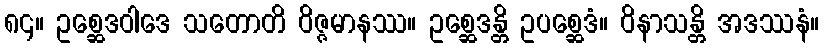
၈၄။ ဥစ္ဆေဒဝါဒေ သတောတိ ဝိဇ္ဇမာနဿ။ ဥစ္ဆေဒန္တိ ဥပစ္ဆေဒံ။ ဝိနာသန္တိ အဒဿနံ။